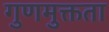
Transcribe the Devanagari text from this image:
गुणमुक्तता